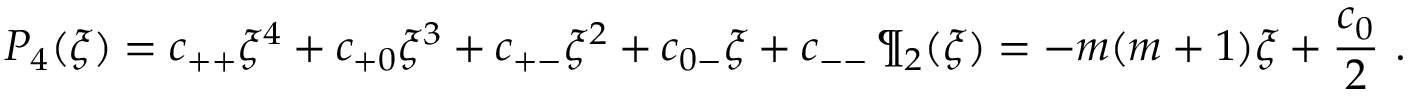
P _ { 4 } ( \xi ) = c _ { + + } \xi ^ { 4 } + c _ { + 0 } \xi ^ { 3 } + c _ { + - } \xi ^ { 2 } + c _ { 0 - } \xi + c _ { -- } \, \P _ { 2 } ( \xi ) = - m ( m + 1 ) \xi + { \frac { c _ { 0 } } { 2 } } \ .